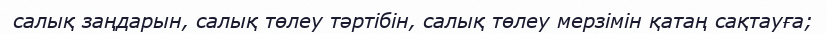
салық заңдарын, салық төлеу тәртібін, салық төлеу мерзімін қатаң сақтауға;